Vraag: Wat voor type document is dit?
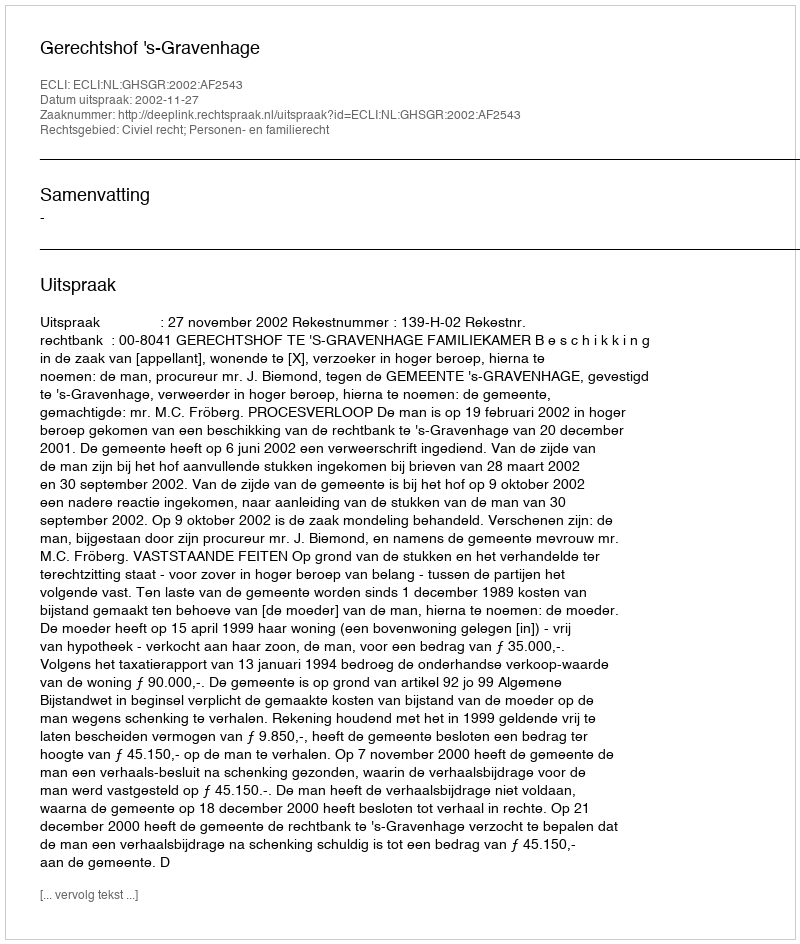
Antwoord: Uitspraak